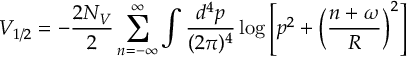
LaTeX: V _ { 1 / 2 } = - \frac { 2 N _ { V } } { 2 } \sum _ { n = - \infty } ^ { \infty } \int \frac { d ^ { 4 } p } { ( 2 \pi ) ^ { 4 } } \log \left[ p ^ { 2 } + \left( \frac { n + \omega } { R } \right) ^ { 2 } \right]